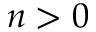
n > 0